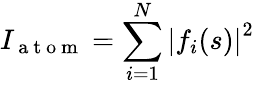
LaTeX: I_{\mathrm{~a~t~o~m~}}=\sum_{i=1}^{N}\left|f_{i}(s)\right|^{2}